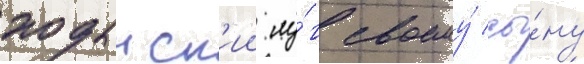
ходынск'ии лу́г своему́ сы́ну